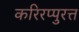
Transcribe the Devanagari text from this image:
करिरप्पुरत्त